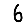
Digit: 6